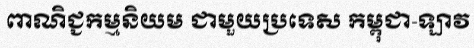
ពាណិជ្ជកម្មនិយម ជាមួយប្រទេស កម្ពុជា-ឡាវ